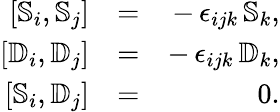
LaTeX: \begin{array}{rlr}{\left[{\mathbb S}_{i},{\mathbb S}_{j}\right]}&{=}&{-\, \epsilon_{ijk}\, {\mathbb S}_{k},}\\ {\left[{\mathbb D}_{i},{\mathbb D}_{j}\right]}&{=}&{-\, \epsilon_{ijk}\, {\mathbb D}_{k},}\\ {\left[{\mathbb S}_{i},{\mathbb D}_{j}\right]}&{=}&{0.}\end{array}